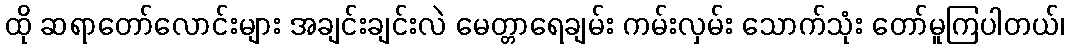
ထို ဆရာတော်လောင်းများ အချင်းချင်းလဲ မေတ္တာရေချမ်း ကမ်းလှမ်း သောက်သုံး တော်မူကြပါတယ်၊